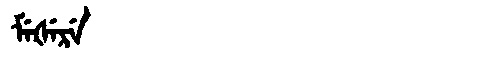
Manchu: ᠮᡝᡧᡝᡵᡝ
Romanization: MEŠERE